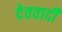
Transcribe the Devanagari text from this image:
देववादी